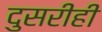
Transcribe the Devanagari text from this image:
दुसरीही